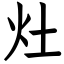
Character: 灶